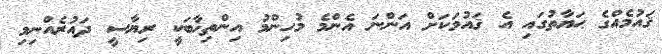
ޤައުމެއްގެ ޙަޔާތުގައި އެ ޤައުމަކަށް އަންނަ އެންމެ މުހިންމު އިންތިޚާބަކީ ރިޔާސީ ދައުރެއްނިމި